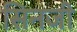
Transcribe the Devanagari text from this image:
सिनजी